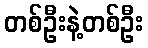
တစ်ဦးနဲ့တစ်ဦး